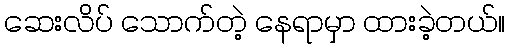
ဆေးလိပ် သောက်တဲ့ နေရာမှာ ထားခဲ့တယ်။